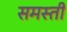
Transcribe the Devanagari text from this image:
समस्ती